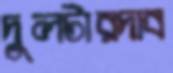
দুলটারদাব